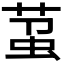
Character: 𬝋